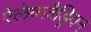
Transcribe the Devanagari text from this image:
ऐलेक्ज़ैड्रियन